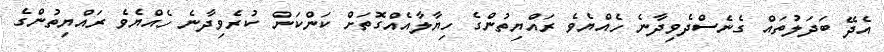
އެދޭ ބަދަލުތައް ގެނެސްދެވިދާނެ ހެއްޔެވެ ރައްޔިތުންގެ ހިޔާލާއެއްގޮތަށް ކަންކަން ކުރެވިދާނެ ހެއްޔެވެ ރައްޔިތުންގެ